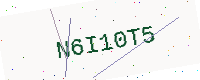
Text: N6I10T5